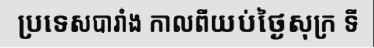
ប្រទេសបារាំង កាលពីយប់ថ្ងៃសុក្រ ទី